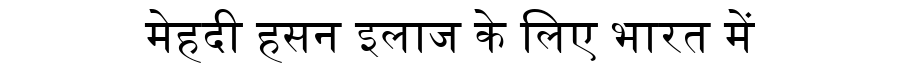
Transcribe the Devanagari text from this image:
मेहदी हसन इलाज के लिए भारत में